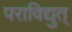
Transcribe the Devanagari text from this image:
पराविद्युत्